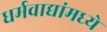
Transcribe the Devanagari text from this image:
धर्मवाद्यांमध्ये